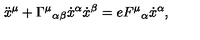
\ddot { x } ^ { \mu } + { \Gamma ^ { \mu } } _ { \alpha \beta } \dot { x } ^ { \alpha } \dot { x } ^ { \beta } = e { F ^ { \mu } } _ { \alpha } \dot { x } ^ { \alpha } ,